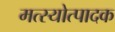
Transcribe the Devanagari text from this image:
मत्स्योत्पादक